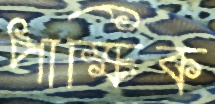
পাক্ষিক